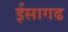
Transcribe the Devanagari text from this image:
ईसागढ